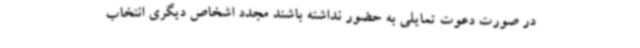
در صورت دعوت تمایلی به حضور نداشته باشند مجدد اشخاص دیگری انتخاب